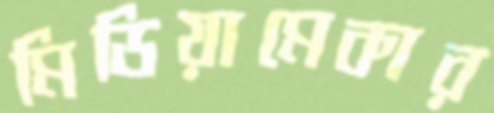
মিডিয়ামেকার